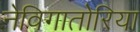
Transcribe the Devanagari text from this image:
नेविगातोरिया